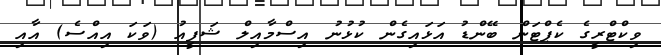
ވިކްޓްރީގެ ކެޕްޓަން ބޭންޑު އަޅައިގެން ކުޅުނު އިސްމާއިލް ޝަފީއު (ވަކަ އިއްސެ) އާއި